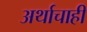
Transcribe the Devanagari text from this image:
अर्थाचाही